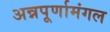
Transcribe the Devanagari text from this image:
अन्नपूर्णामंगल